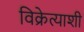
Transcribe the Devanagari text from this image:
विक्रेत्याशी